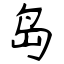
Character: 岛